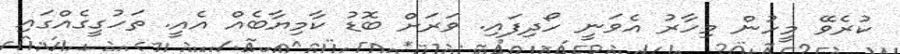
ކުރެވޭ މީހުން މިހާރު އެވަނީ ހޯދިފައި. ވަރަށް ބޮޑު ކާމިޔާބެއް އެއީ. ތަހުގީގެއްގައި